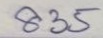
835